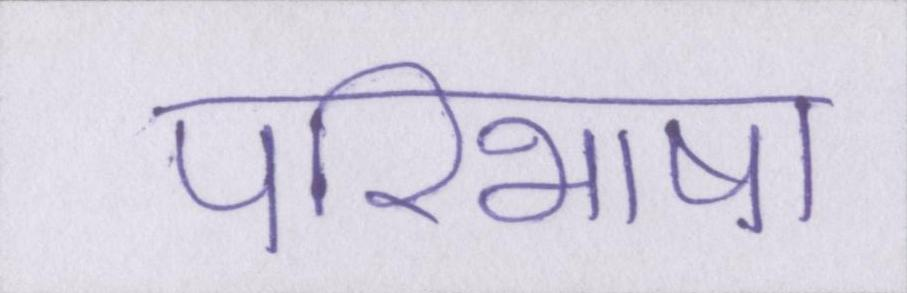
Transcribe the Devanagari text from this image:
परिभाषा